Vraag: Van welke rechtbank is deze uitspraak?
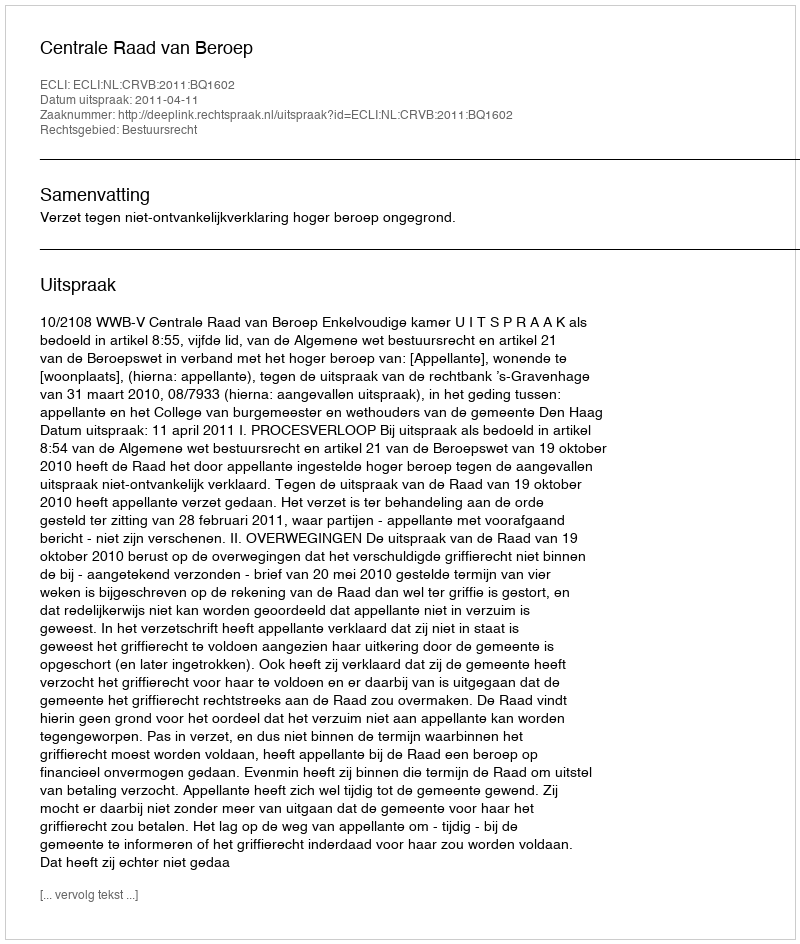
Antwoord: Centrale Raad van Beroep